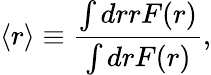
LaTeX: \langle r\rangle\equiv{\frac{\int drrF(r)}{\int drF(r)}},